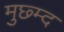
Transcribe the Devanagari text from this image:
मुछ्म्द